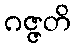
ဂဇ္ဇတိ